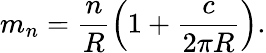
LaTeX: m_{n}=\frac{n}{R}\left(1+\frac{c}{2\pi R}\right).